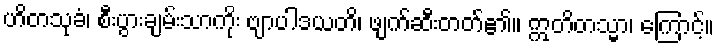
ဟိတသုခံ၊ စီးပွားချမ်းသာကိုး ဗျာပါဒယတိ၊ ဖျက်ဆီးတတ်၏။ ဣတိတသ္မာ၊ ကြောင့်။